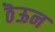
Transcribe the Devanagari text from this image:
ठॆऊन